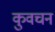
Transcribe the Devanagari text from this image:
कुवचन